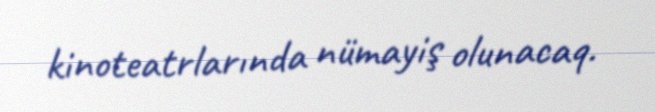
kinoteatrlarında nümayiş olunacaq.